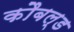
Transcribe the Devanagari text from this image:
कौबल्ड